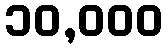
၁၀,၀၀၀